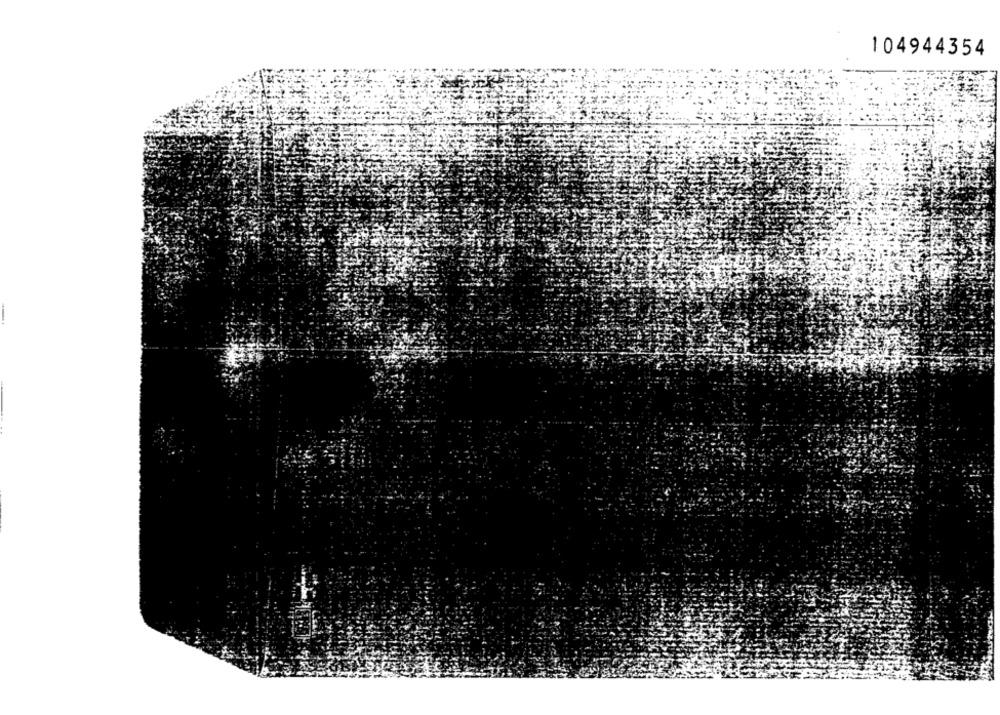
104944354